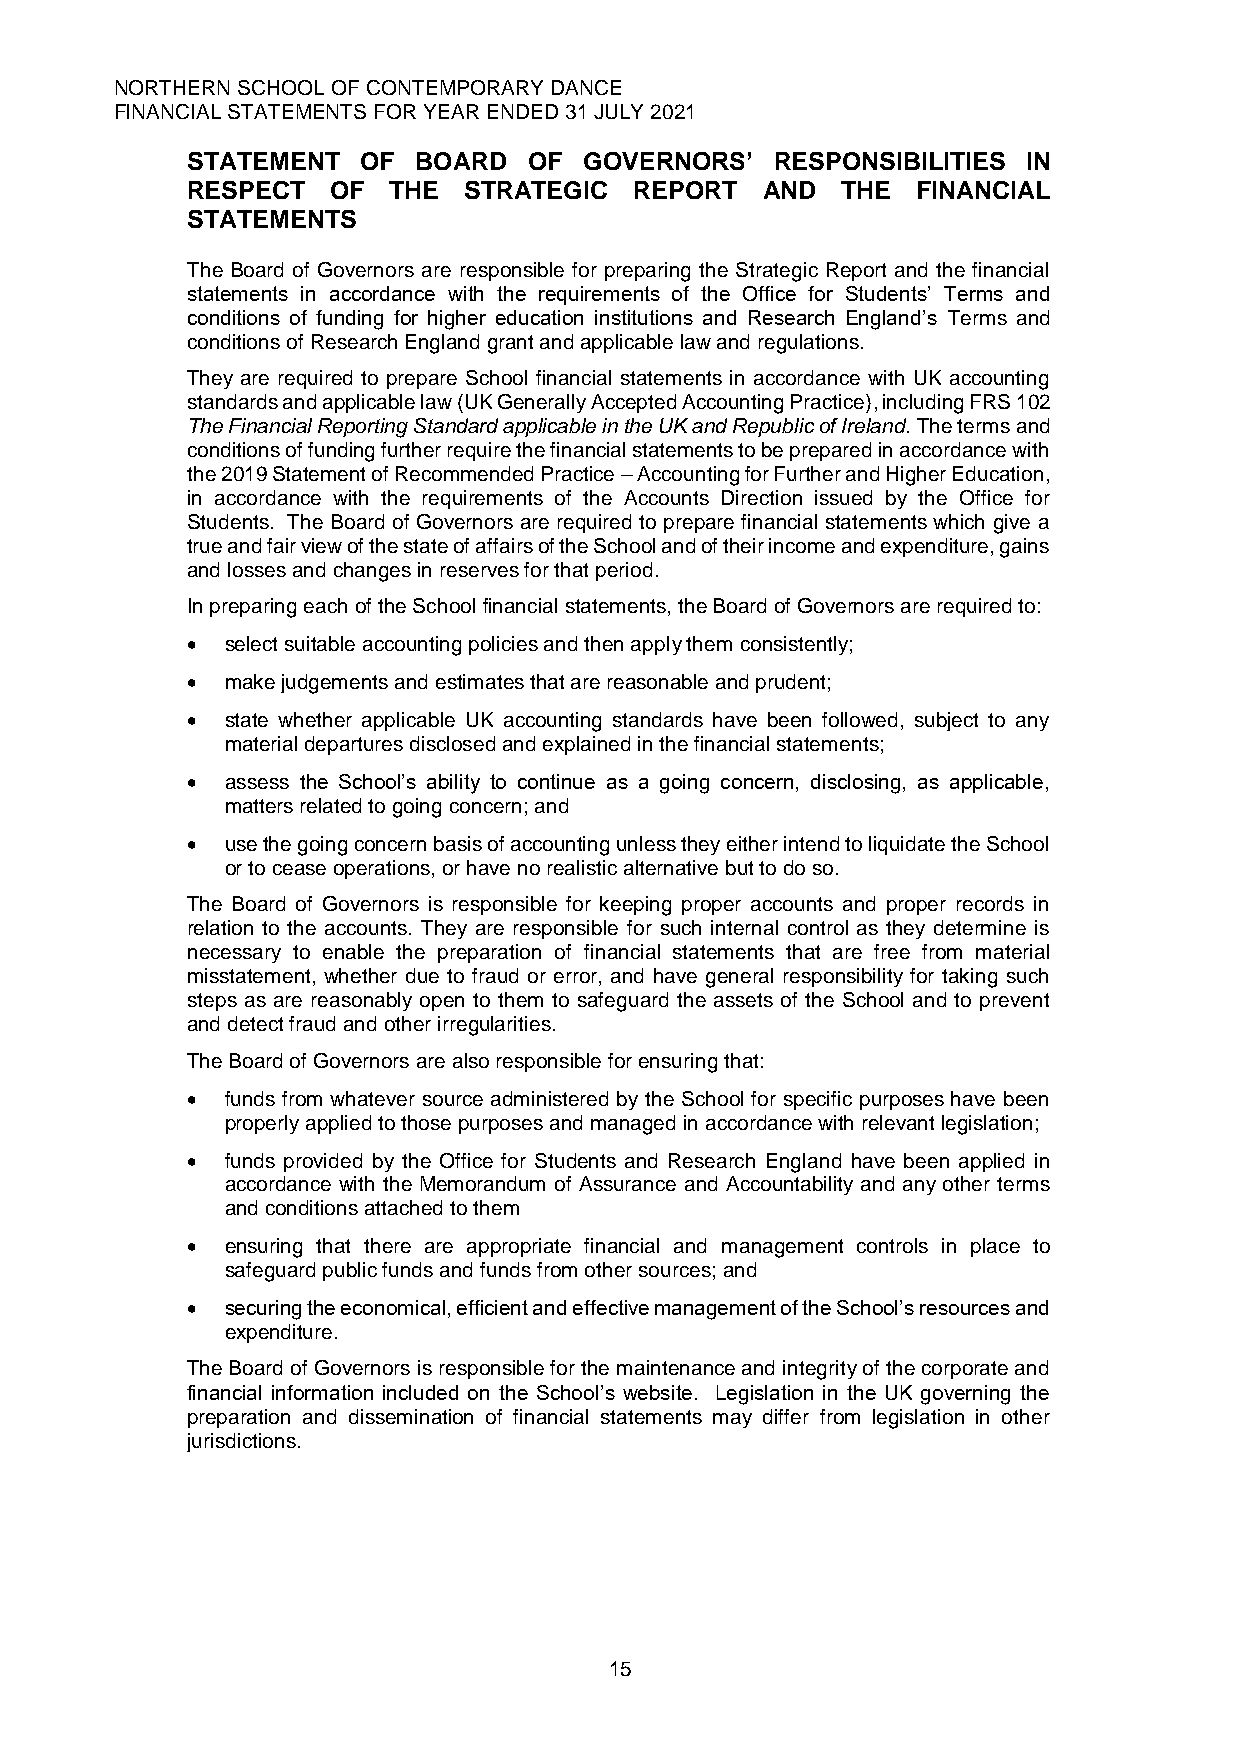
NORTHERN SCHOOL OF CONTEMPORARY DANCE
 FINANCIAL STATEMENTS FOR YEAR ENDED 31 JULY 2021
 STATEMENT   OF  BOARD  OF  GOVERNORS’  RESPONSIBILITIES IN
 RESPECT   OF  THE  STRATEGIC  REPORT  AND   THE  FINANCIAL
 STATEMENTS
 The Board of Governors are responsible for preparing the Strategic Report and the financial
 statements in accordance with the requirements of the Office for Students’ Terms and
 conditions of funding for higher education institutions and Research England’s Terms and
 conditions of Research England grant and applicable law and regulations.
 They are required to prepare School financial statements in accordance with UK accounting
 standards and applicable law (UK Generally Accepted Accounting Practice), including FRS 102
 The Financial Reporting Standard applicable in the UK and Republic of Ireland. The terms and
 conditions of funding further require the financial statements to be prepared in accordance with
 the 2019 Statement of Recommended Practice – Accounting for Further and Higher Education,
 in accordance with the requirements of the Accounts Direction issued by the Office for
 Students. The Board of Governors are required to prepare financial statements which give a
 true and fair view of the state of affairs of the School and of their income and expenditure, gains
 and losses and changes in reserves for that period.
 In preparing each of the School financial statements, the Board of Governors are required to:
 •  select suitable accounting policies and then apply them consistently;
 •  make judgements and estimates that are reasonable and prudent;
 •  state whether applicable UK accounting standards have been followed, subject to any
 material departures disclosed and explained in the financial statements;
 •  assess the School’s ability to continue as a going concern, disclosing, as applicable,
 matters related to going concern; and
 •  use the going concern basis of accounting unless they either intend to liquidate the School
 or to cease operations, or have no realistic alternative but to do so.
 The Board of Governors is responsible for keeping proper accounts and proper records in
 relation to the accounts. They are responsible for such internal control as they determine is
 necessary to enable the preparation of financial statements that are free from material
 misstatement, whether due to fraud or error, and have general responsibility for taking such
 steps as are reasonably open to them to safeguard the assets of the School and to prevent
 and detect fraud and other irregularities.
 The Board of Governors are also responsible for ensuring that:
 •  funds from whatever source administered by the School for specific purposes have been
 properly applied to those purposes and managed in accordance with relevant legislation;
 •  funds provided by the Office for Students and Research England have been applied in
 accordance with the Memorandum of Assurance and Accountability and any other terms
 and conditions attached to them
 •  ensuring that there are appropriate financial and management controls in place to
 safeguard public funds and funds from other sources; and
 •  securing the economical, efficient and effective management of the School’s resources and
 expenditure.
 The Board of Governors is responsible for the maintenance and integrity of the corporate and
 financial information included on the School’s website. Legislation in the UK governing the
 preparation and dissemination of financial statements may differ from legislation in other
 jurisdictions.
 15